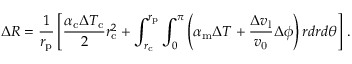
\Delta R = \frac { 1 } { r _ { \mathrm { p } } } \left[ \frac { \alpha _ { \mathrm { c } } \Delta T _ { \mathrm { c } } } { 2 } r _ { \mathrm { c } } ^ { 2 } + \int _ { r _ { \mathrm { c } } } ^ { r _ { \mathrm { p } } } \int _ { 0 } ^ { \pi } \left( \alpha _ { \mathrm { m } } \Delta T + \frac { \Delta v _ { \mathrm { l } } } { v _ { \mathrm { 0 } } } \Delta \phi \right) r d r d \theta \right] \, .